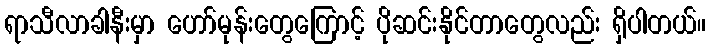
ရာသီလာခါနီးမှာ ဟော်မုန်းတွေကြောင့် ပိုဆင်းနိုင်တာတွေလည်း ရှိပါတယ်။